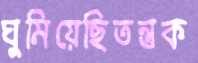
ঘুমিয়েছিতন্তুক